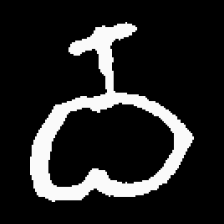
Pyu character \u2014 Myanmar letter: ဝ (romanized: wa)